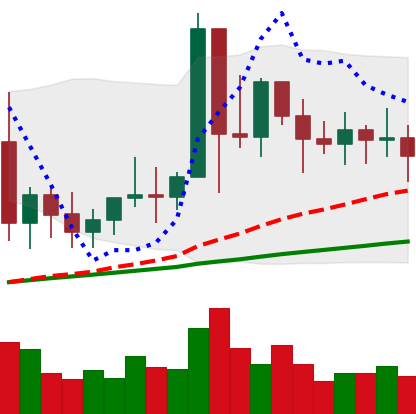
Ticker: XMR-USD
Chart end date: 2021-01-20
Forward return: -10.344%
Label: down_7plus